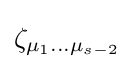
\zeta _{\mu _{1}...\mu _{s-2}}